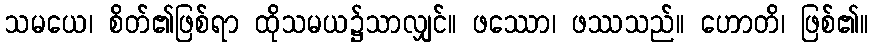
သမယေ၊ စိတ်၏ဖြစ်ရာ ထိုသမယ၌သာလျှင်။ ဖဿော၊ ဖဿသည်။ ဟောတိ၊ ဖြစ်၏။